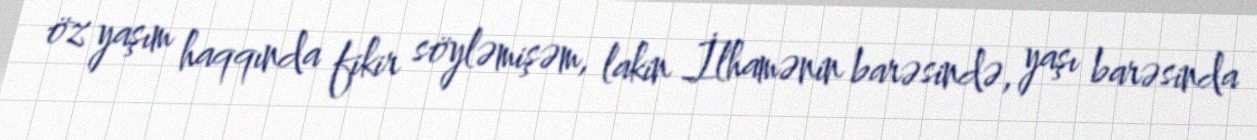
öz yaşım haqqında fikir söyləmişəm, lakin İlhamənin barəsində, yaşı barəsinda